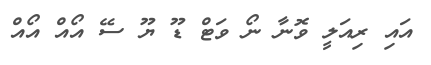
އައި ރިއަލީ ވޮނާ ނޯ ވަޓް ޑޫ ޔޫ ސޭ އޯއް އޯއް